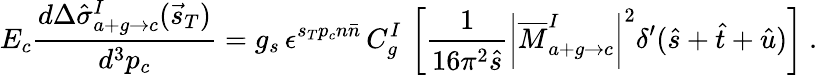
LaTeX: E_{c}\frac{d\Delta\hat{\sigma}_{a+g\rightarrow c}^{I}(\vec{s}_{T})}{d^{3}p_{c}}=g_{s}\, \epsilon^{s_{T}p_{c}n\bar{n}}\, C_{g}^{I}\, \left[\frac{1}{16\pi^{2}\hat{s}}\left|\overline{{{M}}}_{a+g\rightarrow c}^{I}\right|^{2}\delta^{\prime}(\hat{s}+\hat{t}+\hat{u})\right]\ .